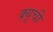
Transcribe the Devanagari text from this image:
क्र्यूची